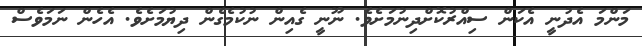
މަންމަ އެދުނީ އެކަން ސިއްރުކޮށްދިނުމަށެވެ. ނޫނީ ގެއިން ނުކުމެގެން ދިޔުމަށެވެ. އެެހެން ނަމަވެސް